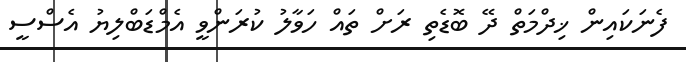
ފެނަކައިން ޚިދްމަތް ދޭ ބޮޑެތި ރަށް ތައް ހަވާލު ކުރަންވީ އެމްޑަބްލިޔު އެސްސީ